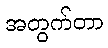
အတွက်တာ